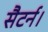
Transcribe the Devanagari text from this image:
सैटर्न।